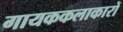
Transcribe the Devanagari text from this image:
गायककलाकारों